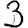
Digit: 3